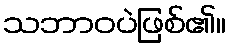
သဘာဝပဲဖြစ်၏။